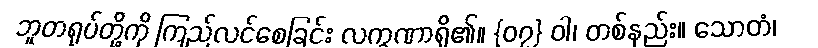
ဘူတရုပ်တို့ကို ကြည်လင်စေခြင်း လက္ခဏာရှိ၏။ {၀၇} ဝါ၊ တစ်နည်း။ သောတံ၊